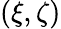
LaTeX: (\xi,\zeta)